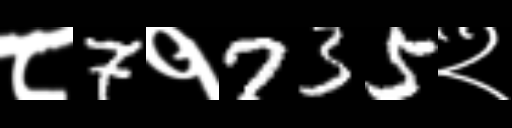
Text: ८7१735२